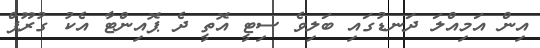
އިން އަމިއްލަ ދަނޑުގައި ބަލިވެ ސިޓީ އޮތީ ދެ ޕޮއިންޓާ އެކު ގުރޫޕް